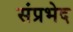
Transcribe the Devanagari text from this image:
संप्रभेद